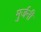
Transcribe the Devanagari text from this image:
मुर्जनी